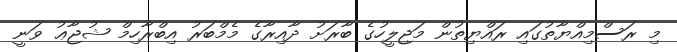
މި ރަސްމިއްޔާތުގައި ރައްޔިތުން މަޖިލީހުގެ ބާރަށު ދާއިރާގެ މެމްބަރު އިބްރާހިމް ޝުޖާޢު ވަނީ